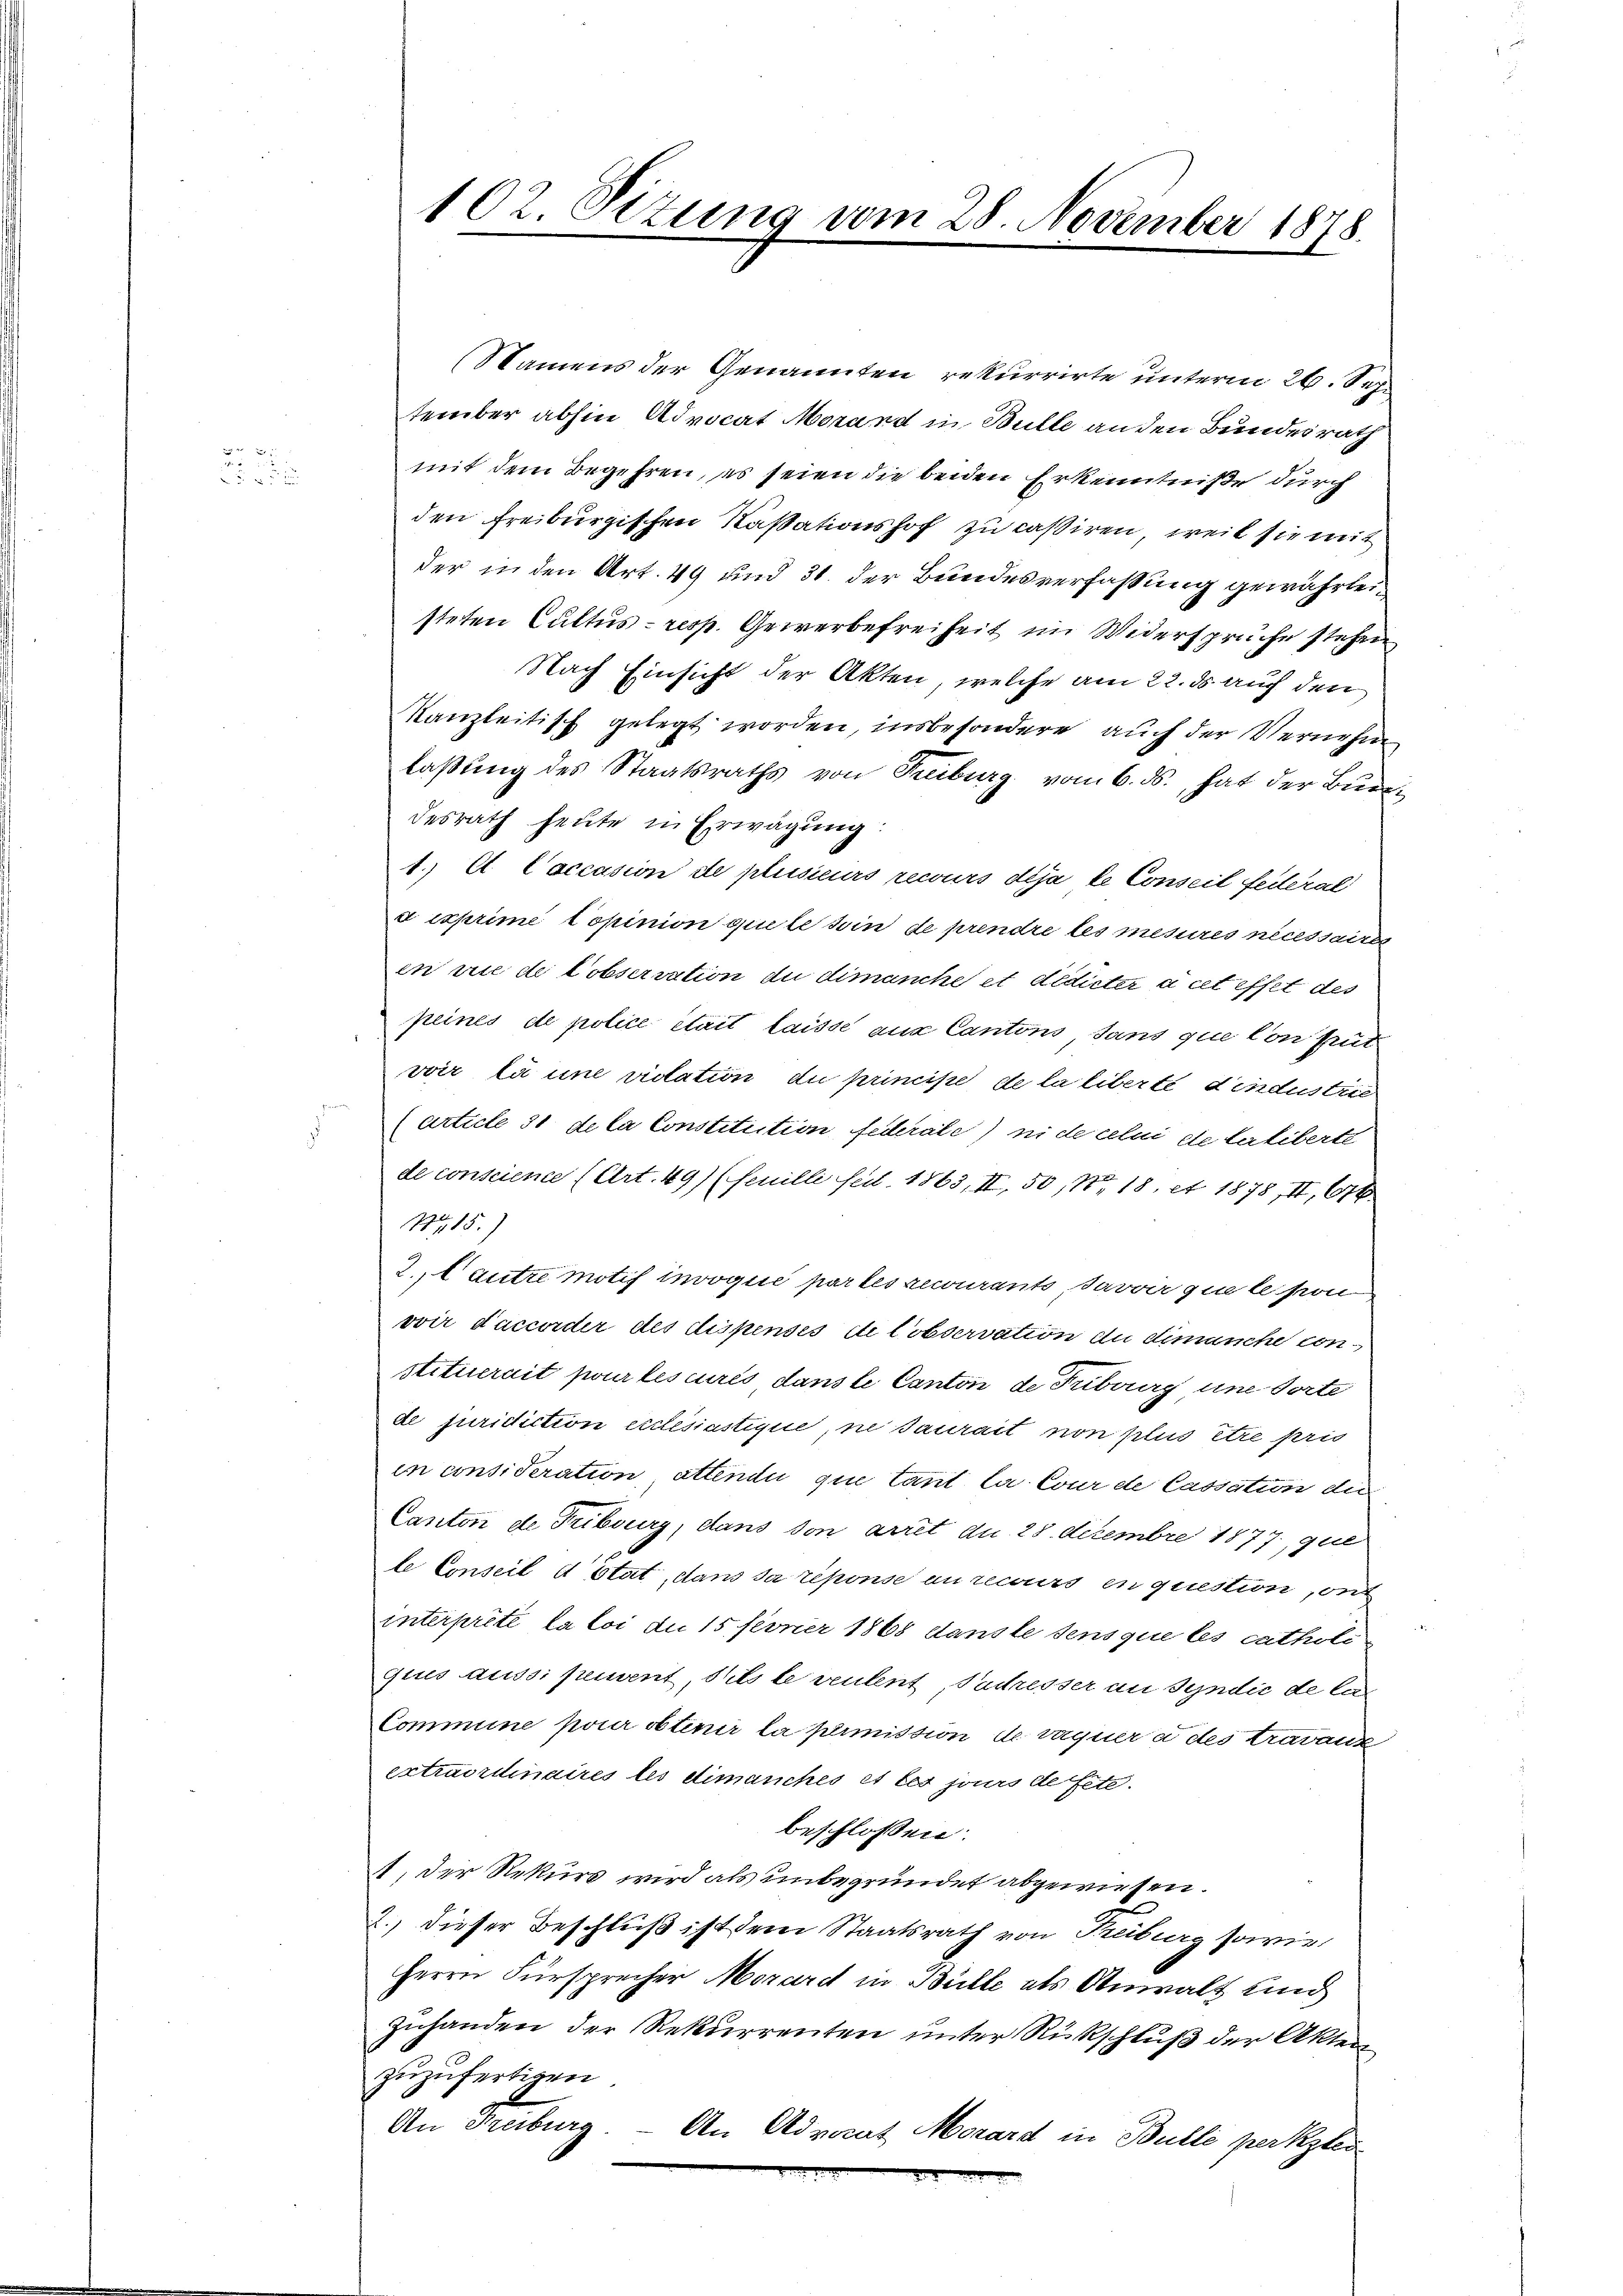
d
5

102. Sizung vom 28. November 1878.

Namens der Genannten rekurrirte unterm 26. Sep.
tember abhin Advocat Morand in Bulle an den Bundesrath
mit dem Begehren, es seien die beiden Erkenntniße durch
den Freiburgischen Kassationshof zu cassiren, weil sie mit
der in den Art. 49 und 31. der Bundesverfaßung gewährleisteten Cultus - resp. Gewerbefreiheit im Widersprüche stehen
Nach Einsicht der Akten, welche am 22. ds auf den
Kanzleitisch gelegt worden, insbesondere auch der Vernehm
laßung des Staatsraths von Freiburg vom 6. ds., hat der Burdesrath heute in Erwägung:
1. Et Caccasion de plusieurs recours dija le Conseil feiteral
d exprime Copinion quele sein de prendre les mesures nécessaires
en rice de l’observation du dimanche et dedieter à cet effet des
peines de police était laisse aus Cantons, sans que con frut
voir là une rietation du principe de la liberté d’industrie
article 31 de la Constitution federale) ni de celui die terliberte
de conscience (Art. 49) (Feuilli seit. 1863, II, 50, Nr. 18. et 1878, II, 116
N15.)
2., Cautre motif invoqué par les recourants savoir que le son
ovir daccorder des dispenses ite Cobservation du dimanche con
stituerait pour lescurés dans le Canton de Tuburg une dorte
de juridiction ecclésiastique, ne saurait non plus être pris
in consideration attendii que tant la Cour de Cassation der
Canton de Fribourg, dans von arrêt du 28. Dezembre 1877, que
le Conseil d stat, dans sa réponse an recours en question, ont
interprete la loi du 15 ferner 1868 danste sens que les catholi
ques aussi pement, dies le rentent, Suchesser an Syndic de la
Commune pour obtenir la peimission de verner a des travann
extraordinaires les dimanches et les jours de fete.
beschlossen:
1. Der Rekurs wird als unbegründet abgewiesen.
2.) dieser Beschluß ist dem Staatsrath von Treiburg sowie
Herrn Fürsprecher Morard in Bülle als Anwalt und
Zuhanden der Rekurrenten unter Rückschluß der Akten
zuzufertigen
An Feuburg. — An Advocat Monard in Bulle perkzler